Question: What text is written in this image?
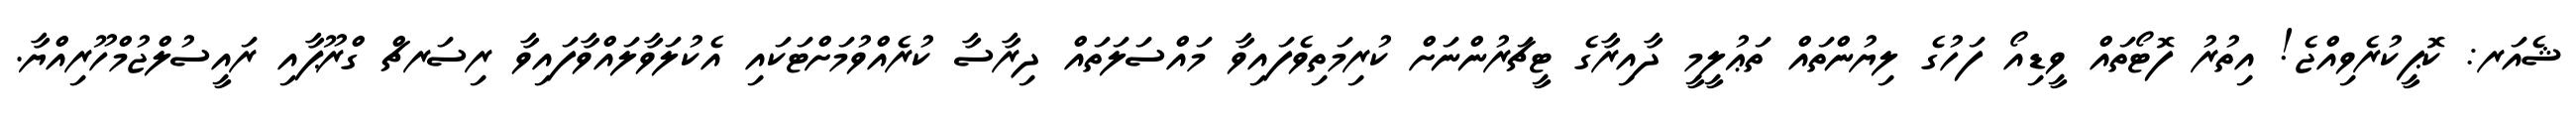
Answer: ޝެއަރ: ކޮޕީކުރެވިއްޖެ! އިތުރު ފޮޓޯތައް ވީޑިއޯ ފަހުގެ ލިޔުންތައް ތަޢުލީމީ ދާއިރާގެ ޓީޗަރުންނަށް ކުރިމަތިވެފައިވާ މައްސަލަތައް ދިރާސާ ކުރެއްވުމަށްޓަކައި އެކުލަވާލައްވާފައިވާ ރިސަރޗް ގްރޫޕާއި ރައީސުލްޖުމްހޫރިއްޔާ.